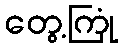
တွေ့ကြုံ